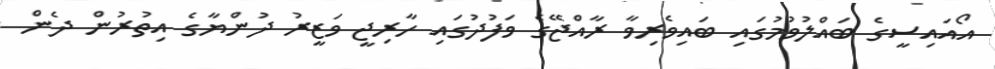
އޯއައިސީގެ ބައްލުވުމުގައި ބައިވެރިވާ ރާއްޖޭގެ ވަފުދުގައި ހާރިޖީ ވަޒީރު ދުންޔާގެ އިތުރުން ދެން